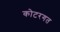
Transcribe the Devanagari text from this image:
कोटरगत